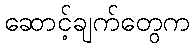
ဆောင့်ချက်တွေက